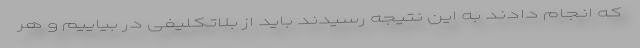
که انجام دادند به این نتیجه رسیدند باید از بلاتکلیفی در بیاییم و هر